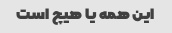
این همه یا هیچ است